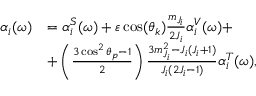
\begin{array} { r l } { \alpha _ { i } ( \omega ) } & { = \alpha _ { i } ^ { S } ( \omega ) + \varepsilon \cos ( \theta _ { k } ) \frac { m _ { J _ { i } } } { 2 J _ { i } } \alpha _ { i } ^ { V } ( \omega ) + } \\ & { + \left( \frac { 3 \cos ^ { 2 } \theta _ { p } - 1 } { 2 } \right) \frac { 3 m _ { J _ { i } } ^ { 2 } - J _ { i } ( J _ { i } + 1 ) } { J _ { i } ( 2 J _ { i } - 1 ) } \alpha _ { i } ^ { T } ( \omega ) , } \end{array}